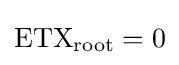
\mathrm {ETX_{root}} =0